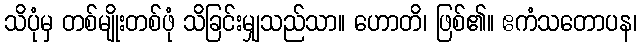
သိပုံမှ တစ်မျိုးတစ်ဖုံ သိခြင်းမျှသည်သာ။ ဟောတိ၊ ဖြစ်၏။ ဧကံသတောပန၊